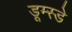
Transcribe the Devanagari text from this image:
डूम्स्डे